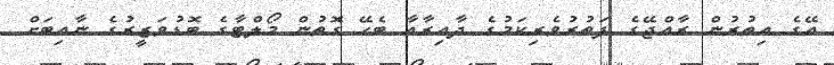
އޭގެ އިތުރުން ރާއްޖޭގެ ފަތުރުވެރިކަމުގެ ދާއިރާއާ ބެހޭ ގޮތުން މޯލްޓާގެ ބޮޑުވަޒީރުގެ ނާއިބަށް